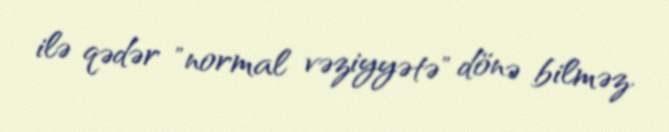
ilə qədər "normal vəziyyətə" dönə bilməz.